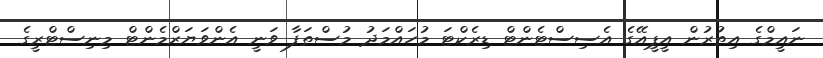
ނައީމްގެ އިތުރުން އީޕީއޭގެ އެސިސްޓެންޓް ޑިރެކްޓަ މުހައްމަދު މުސްތަފާ ވަނީ އެންވަޔަރްމެންޓް މިނިސްޓްރީގެ